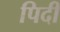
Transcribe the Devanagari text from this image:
पिदी